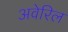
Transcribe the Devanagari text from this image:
अवेरिल